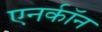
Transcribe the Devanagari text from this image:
एनर्कॉन